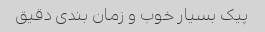
پیک بسیار خوب و زمان بندی دقیق